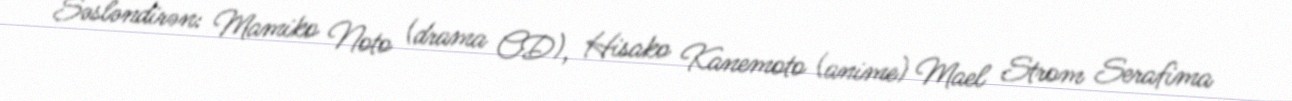
Səsləndirən: Mamiko Noto (drama CD), Hisako Kanemoto (anime) Mael Strom Serafima